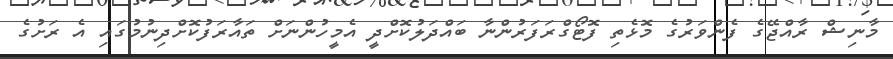
މާނިޝް ރާއްޖޭގެ ފެންވަރުގެ މޮޅެތި ފޮޓޯގްރަފަރުންނާ ބައްދަލުކޮށްދީ އެމީހުންނަށް ތައާރަފުކޮށްދިނުމުގައި އެ ރަށުގެ